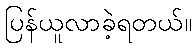
ပြန်ယူလာခဲ့ရတယ်။